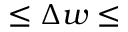
\le \Delta w \le